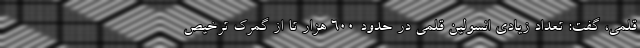
قلمی، گفت: تعداد زیادی انسولین قلمی در حدود ۶۰۰ هزار تا از گمرک ترخیص